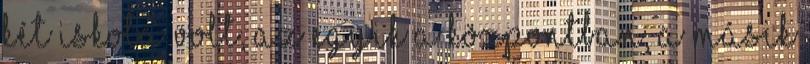
két iskola volt, az egyik a központban, a másik